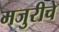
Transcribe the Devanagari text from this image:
मजुरीचे